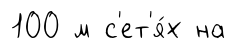
100 м с'ет'я́х на